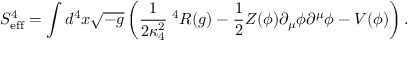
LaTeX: S _ { \mathrm { e f f } } ^ { 4 } = \int d ^ { 4 } x \sqrt { - g } \left( \frac { 1 } { 2 \kappa _ { 4 } ^ { 2 } } \; ^ { 4 } { \cal R } ( g ) - \frac { 1 } { 2 } Z ( \phi ) \partial _ { \mu } \phi \partial ^ { \mu } \phi - V ( \phi ) \right) .